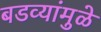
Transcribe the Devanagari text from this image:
बडव्यांमुळे